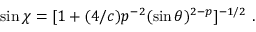
\sin \chi = [ 1 + ( 4 / c ) p ^ { - 2 } ( \sin \theta ) ^ { 2 - p } ] ^ { - 1 / 2 } \ .